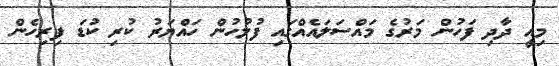
މިއީ ދާދި ފަހުން މަރުގެ މައްސަލައެއްގައި ފުލުހުން ހައްޔަރު ކުރި ކުޑަ ފިރިހެން